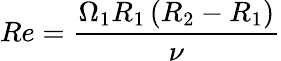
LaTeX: Re=\frac{\Omega_{1}R_{1}\left(R_{2}-R_{1}\right)}{\nu}